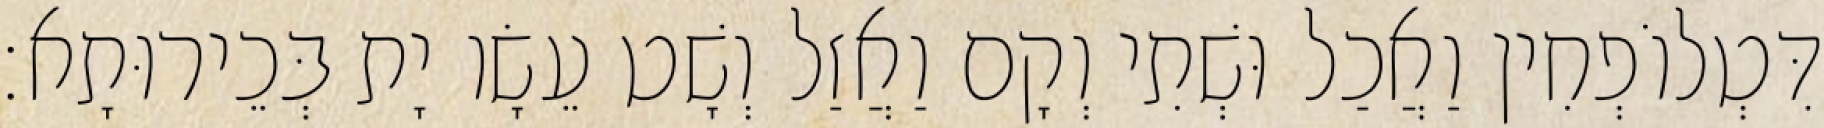
דִּטְלוֹפְחִין וַאֲכַל וּשְׁתִי וְקָם וַאֲזַל וְשָׁט עֵשָׂו יָת בְּכֵירוּתָא׃